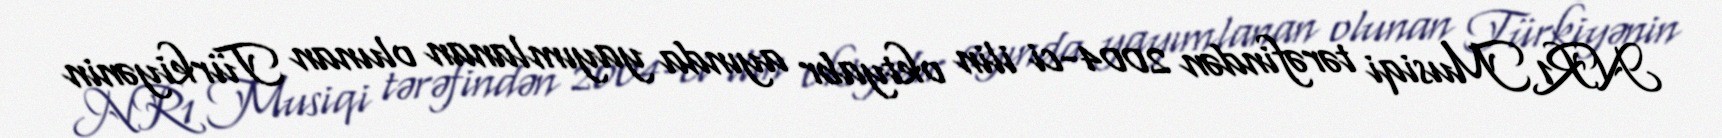
NR1 Musiqi tərəfindən 2004-ci ilin oktyabr ayında yayımlanan olunan Türkiyənin